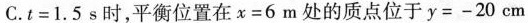
C.t=1.5s时，平衡位置在x=6m处的质点位于y=-20cm